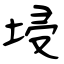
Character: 埐